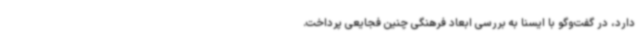
دارد، در گفت‌وگو با ایسنا به بررسی ابعاد فرهنگی چنین فجایعی پرداخت.